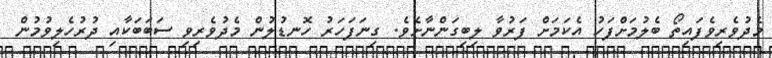
މެދުވެރިވެފައިތޯ ބެލުމަށްފަހު އެކަމަށް ފަރުވާ ލިބިގަންނާށެވެ. ގިނަފަހަރު ހޮނޑުލުން މެދުވެރިވި ސަބަބަކާއި ދުރުހެލިވުމުން